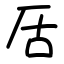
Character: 㕆